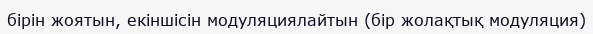
бірін жоятын, екіншісін модуляциялайтын (бір жолақтық модуляция)